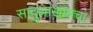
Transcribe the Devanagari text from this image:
सादुल्लाखानचा